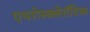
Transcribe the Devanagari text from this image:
एथरोस्क्लेरॉटिक